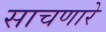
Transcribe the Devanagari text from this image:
साचणारे